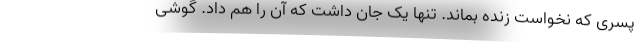
پسری که نخواست زنده بماند. تنها یک جان داشت که آن را هم داد. گوشی